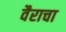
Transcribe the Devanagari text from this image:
वैराचा